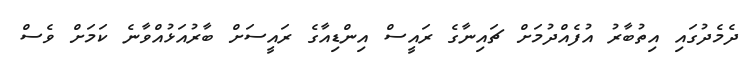
ދެމެދުގައި އިތުބާރު އުފެއްދުމަށް ޗައިނާގެ ރައީސް އިންޑިއާގެ ރައީސަށް ބާރުއަޅުއްވާނެ ކަމަށް ވެސް